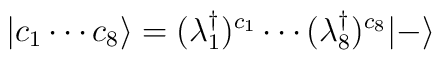
| c_1 \cdots c_8 \rangle = (\lambda^\dagger_1)^{ c_1} \cdots (\lambda^\dagger_8)^{c_8}|-\rangle